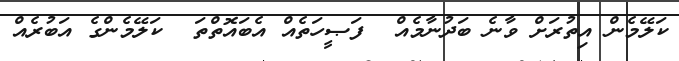
ކަލޭމެން އިތުރަށް ވާނެ ބަދުނާމެއް  ފަޞީހަތެއް އެބައޮތްތަ  ކަލޭމެންގެ އަބުރެއް